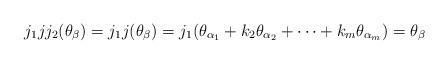
LaTeX: \begin{align*}j_1jj_2(\theta_\beta)=j_1j(\theta_\beta)=j_1(\theta_{\alpha_1}+k_2\theta_{\alpha_2}+\cdots+k_m\theta_{\alpha_m})=\theta_\beta\end{align*}